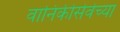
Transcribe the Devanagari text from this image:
वानिकीसेवेच्या